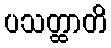
ပသတ္ထာတိ